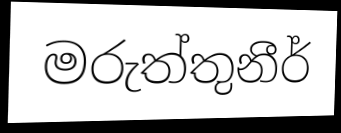
මරුත්තුනීර්